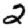
Digit: 2